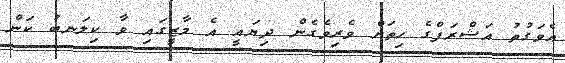
އެވަގުތު އަޝްރަފްގެ ހިތަށް ވެރިވެގެން ދިޔައީ އެ މާޒީގައި ވާ ކިލަނބު ކަން